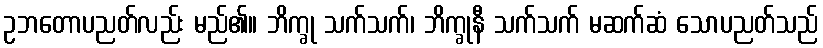
ဥဘတောပညတ်လည်း မည်၏။ ဘိက္ခု သက်သက်၊ ဘိက္ခုနီ သက်သက် မဆက်ဆံ သောပညတ်သည်